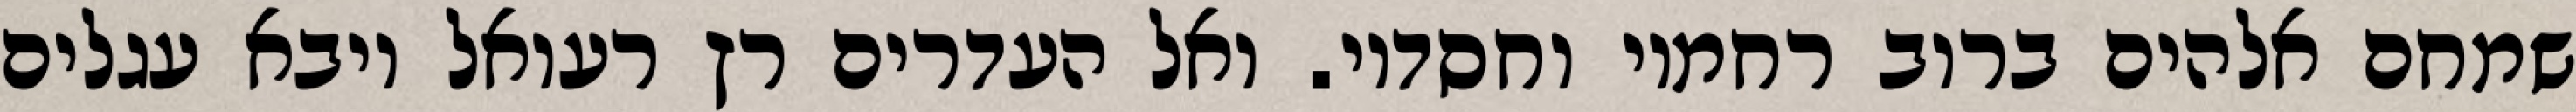
שמחם אלהים ברוב רחמיו וחסדיו. ואל העדרים רץ רעואל ויבא עגלים